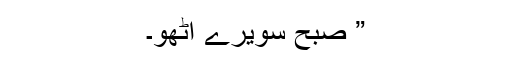
” صبح سویرے اٹھو۔